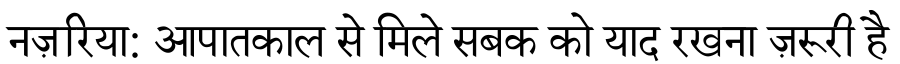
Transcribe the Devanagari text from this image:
नज़रिया: आपातकाल से मिले सबक को याद रखना ज़रूरी है